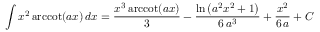
\int x ^ { 2 } \operatorname { a r c c o t } ( a x ) \, d x = { \frac { x ^ { 3 } \operatorname { a r c c o t } ( a x ) } { 3 } } - { \frac { \ln \left( a ^ { 2 } x ^ { 2 } + 1 \right) } { 6 \, a ^ { 3 } } } + { \frac { x ^ { 2 } } { 6 \, a } } + C